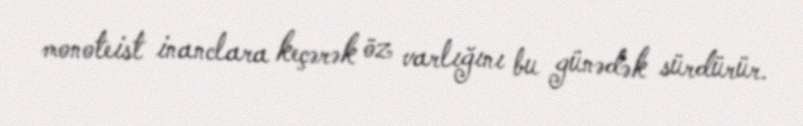
monoteist inanclara keçərək öz varlığını bu günədək sürdürür.